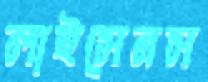
লাইসেনস